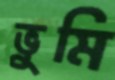
ভুমি